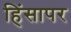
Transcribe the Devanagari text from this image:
हिंसापर